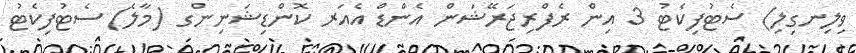
ވިލިނގިލި) ސެޓުފިކެޓު 3 އިން ރެފްރިޖަރޭޝަން އެންޑް އެއަރ ކޮންޑިޝަނިންގ (މާލެ) ސެޓުފިކެޓު